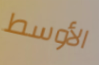
الأوسط